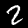
Digit: 2